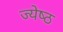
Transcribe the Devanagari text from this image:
ज्‍येष्‍ठ